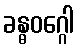
ခန္ဓဝဂ္ဂေါ